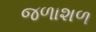
જળાશળ